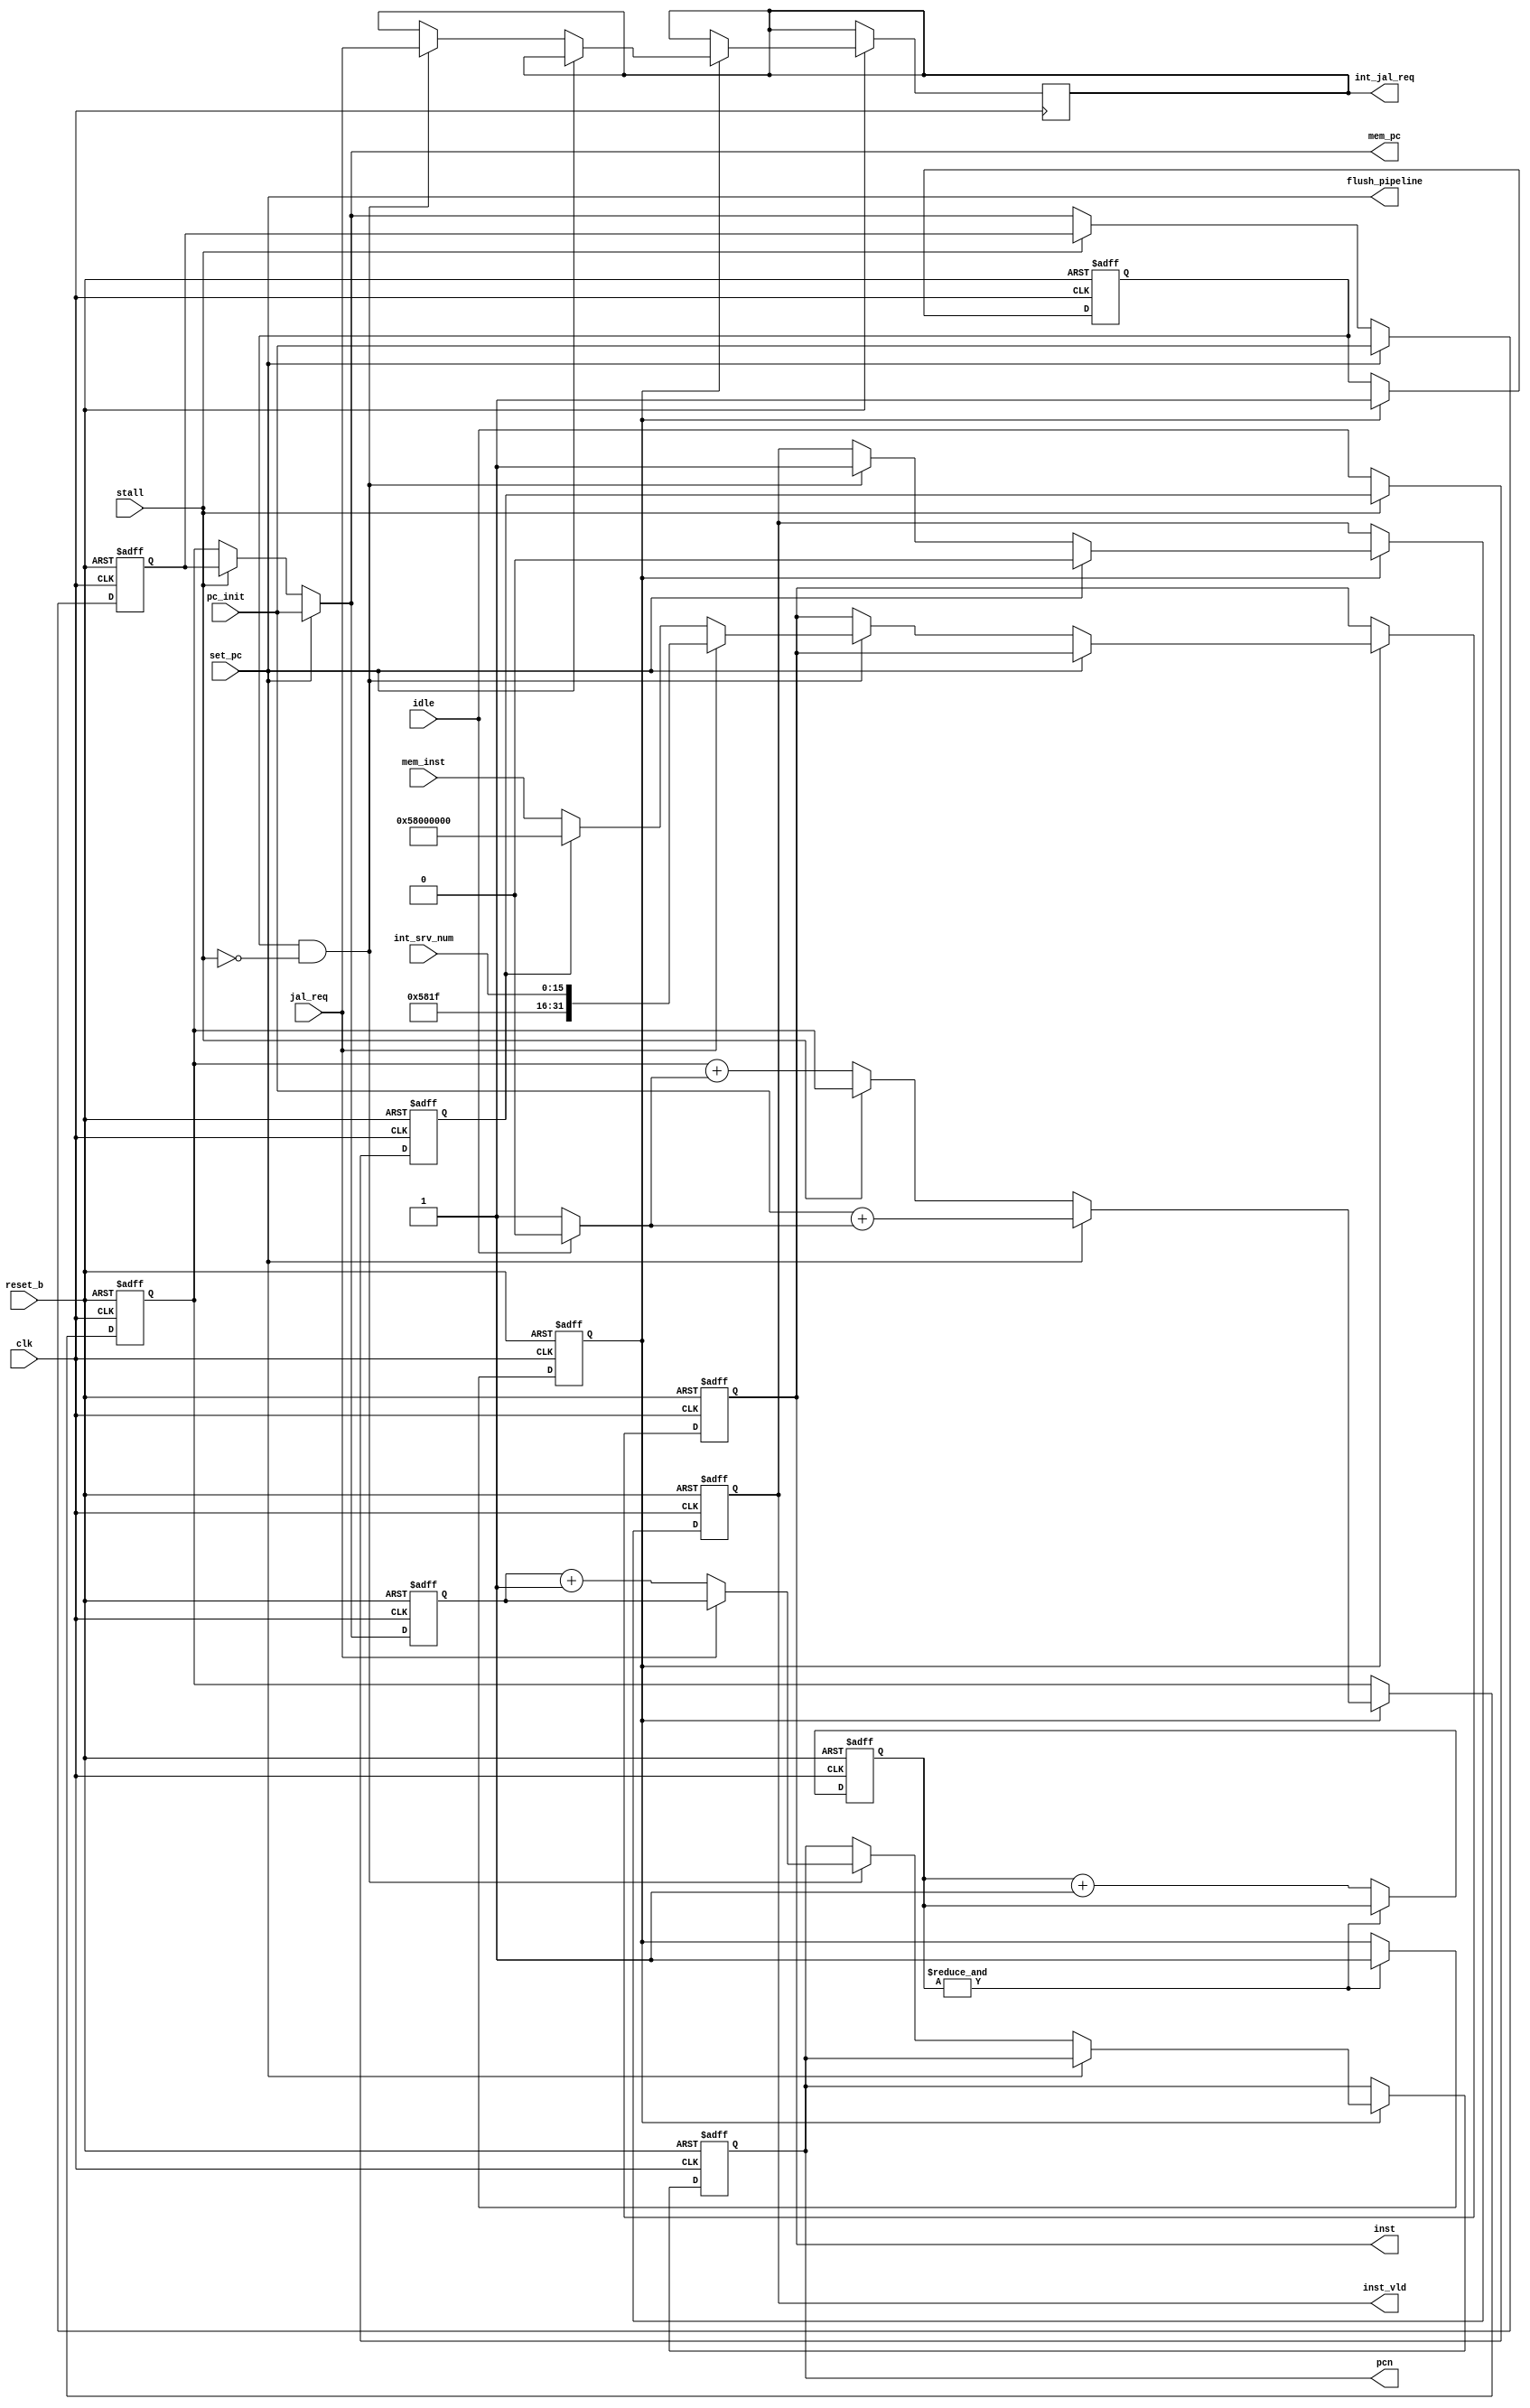
/*
   fetch module (program flow control)
   SXP processor
   Sam Gladstone

*/

module fetch 
		(clk,			// system clock
		 reset_b,		// system reset
    		 stall,			// stall for fetch
		 set_pc,		// signal to set the program counter
		 pc_init,		// value to set the program counter to 
		 mem_inst,		// instruction that was read from memory
		 idle,			// idles the processor with NOP instructions 
                 jal_req,		// request to JAL for an interupt
                 int_srv_num,		// interupt number for vector jump

		 int_jal_req,		// interupt JAL request signal (for instructions)
		 mem_pc,		// address to get from memory 
 		 pcn,			// pc + 1 (used for jump arithmetic)
		 flush_pipeline,	// invalidate all pipelines (jumps need to cause this do this)
    		 inst_vld,		// nstruction valid flag
		 inst);			// instruction to be sent to pipeline


input clk;
input reset_b;
input stall;
input set_pc;
input [31:0] pc_init;
input [31:0] mem_inst;
input idle;
input jal_req;
input [15:0] int_srv_num;

output [31:0] mem_pc;
output flush_pipeline;

output int_jal_req;
reg int_jal_req;

output inst_vld;
reg inst_vld;

output [31:0] inst;
reg [31:0] inst;

output [31:0] pcn;
reg [31:0] pcn;

// Internal signals

reg fetch_rdy;
reg [1:0] pc_reset_cnt;
reg inst_rdy;

reg [31:0] old_pc;
reg [31:0] pc;
reg [31:0] pc_lat;

wire [31:0] stall_pc;
wire pc_incr;
reg idle_lat;		// idle latency to insue proper 


// Count to four after reset before begining pc count
always @(posedge clk or negedge reset_b)
  begin
    if (!reset_b)
      begin
        pc_reset_cnt <= 'b 00;
        fetch_rdy <= 'b 0;
      end
    else
      if (&pc_reset_cnt)
        fetch_rdy <= 1'b 1;
      else
        pc_reset_cnt <= pc_reset_cnt + 1'b 1;
  end

// Fast jump wiring
assign mem_pc = (set_pc) ? pc_init : stall_pc;

// Stall memory code handler (Always needed when dealing non-stallable memories)
assign stall_pc = (stall) ? old_pc : pc;
always @(posedge clk or negedge reset_b)
  begin
    if (!reset_b)
      old_pc <= 'b 0;
    else
      if (set_pc)
        old_pc <= pc_init;	// no use keeping the old one (jump is happening)
      else
        if (!stall)
          old_pc <= mem_pc;
  end
// End stall memory code handler

// PC latency register (pcn = pc_lat + 1) 
always @(posedge clk or negedge reset_b)
  begin
    if (!reset_b)
      pc_lat <= 'b 0;
    else 
      pc_lat <= mem_pc;
  end
    

// Set PC or Increment PC 
always @(posedge clk or negedge reset_b)
  begin
    if (!reset_b)
      begin
        pc <= 'b 0;
        inst_rdy <= 1'b 0;
      end
    else
      if (fetch_rdy)
        begin
          inst_rdy <= 1'b 1;
          if (set_pc)
            pc <= pc_init + pc_incr;
          else 
            if (!stall)
              pc <= pc + pc_incr;
        end
  end

assign pc_incr = (idle) ? 1'b 0 : 1'b 1;

always @(posedge clk or negedge reset_b)
  begin
    if (!reset_b)
      idle_lat <= 'b 0;
    else
      if (!stall)
        idle_lat <= idle;
  end

assign flush_pipeline = set_pc;

// set instruction and valid flag 
always @(posedge clk or negedge reset_b)
  begin
    if (!reset_b)
      begin
        inst_vld <= 'b 0;
        inst <= 'b 0;
        pcn <= 'b 0; 
      end
    else
      if (fetch_rdy)
        if (flush_pipeline)
          inst_vld <= 'b 0;
        else
          if (inst_rdy && !stall)
            begin
              inst_vld <= 'b 1;
              if (jal_req)
                inst <= {16'h 581f, int_srv_num};
              else
                if (idle_lat)
                  inst <= 32'h 5800_0000;
                else
                  inst <= mem_inst; 
              int_jal_req <= jal_req; 
              if (jal_req)
                pcn <= pc_lat;
              else
                pcn <= pc_lat + 1'b 1; 
            end
  end

endmodule


/*
 *  $Id: fetch.v,v 1.2 2001-12-12 02:02:21 samg Exp $ 
 *  Module : fetch
 *  Function : program flow control module
 * 
 *  $Log: not supported by cvs2svn $
 *  Revision 1.1  2001/10/26 21:45:45  samg
 *  fetch module
 *
 * 
 */